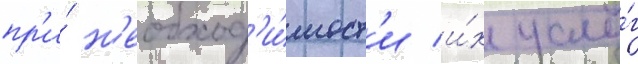
пр'и́ н'еобход'и́мост'и и́х услу́г